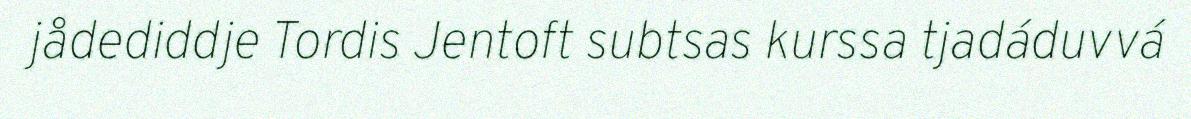
jådediddje Tordis Jentoft subtsas kurssa tjadáduvvá